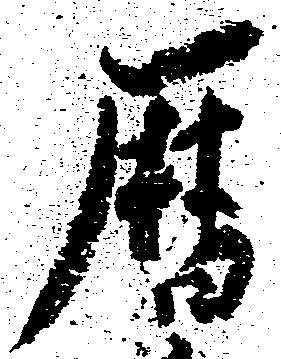
暦